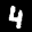
Digit: 4